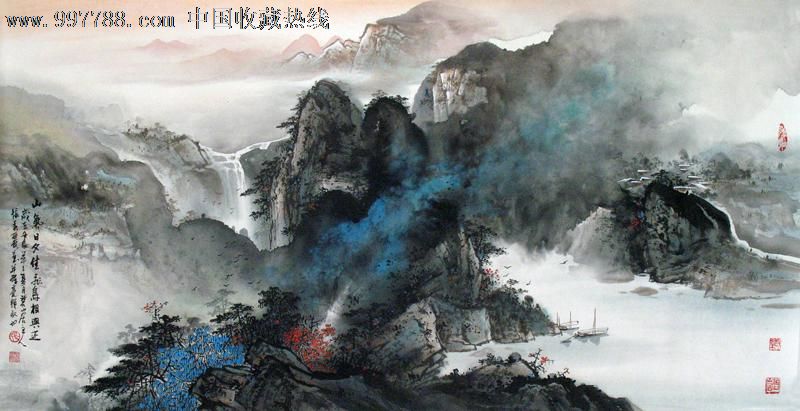
山气日夕佳，飞鸟相与还。